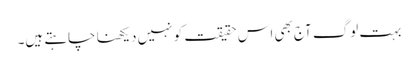
بہت لوگ آج بھی اس حقیقت کو نہیں دیکھنا چاہتے ہیں۔